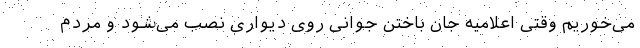
می‌خوریم وقتی اعلامیه جان باختن جوانی روی دیواری نصب می‌شود و مردم